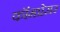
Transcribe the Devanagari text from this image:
कॉमप्रेसर